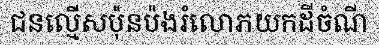
ជនល្មើសប៉ុនប៉ងរំលោភយកដីចំណី